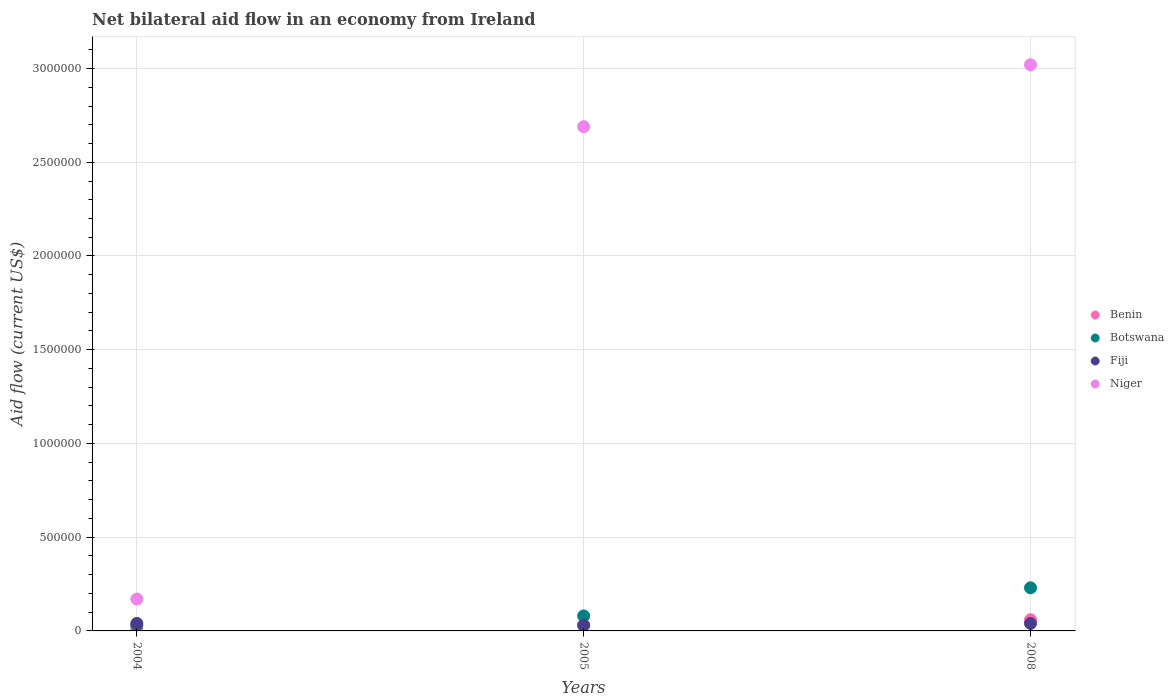
| Years | Benin | Botswana | Fiji | Niger |
 | --- | --- | --- | --- | --- |
 | 2004 | 1e+04 | 3e+04 | 4e+04 | 1.7e+05 |
 | 2005 | 3e+04 | 8e+04 | 3e+04 | 2.69e+06 |
 | 2008 | 6e+04 | 2.3e+05 | 4e+04 | 3.02e+06 |